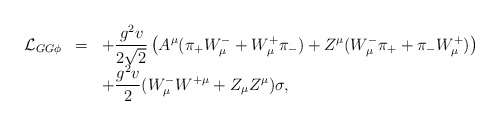
\begin{align*}\begin{array}{rcl}{\cal L}_{GG\phi}&=&\displaystyle+\frac{g^2v}{2\sqrt{2}}\left( A^{\mu}(\pi_+W^-_{\mu} +W^+_{\mu}\pi_-)+Z^{\mu}(W^-_{\mu}\pi_+ +\pi_-W^+_{\mu})\right)\\&&\displaystyle+\frac{g^2v}{2}(W^-_{\mu}W^{+\mu}+Z_{\mu}Z^{\mu})\sigma,\end{array}\end{align*}